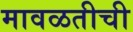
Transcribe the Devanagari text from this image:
मावळतीची